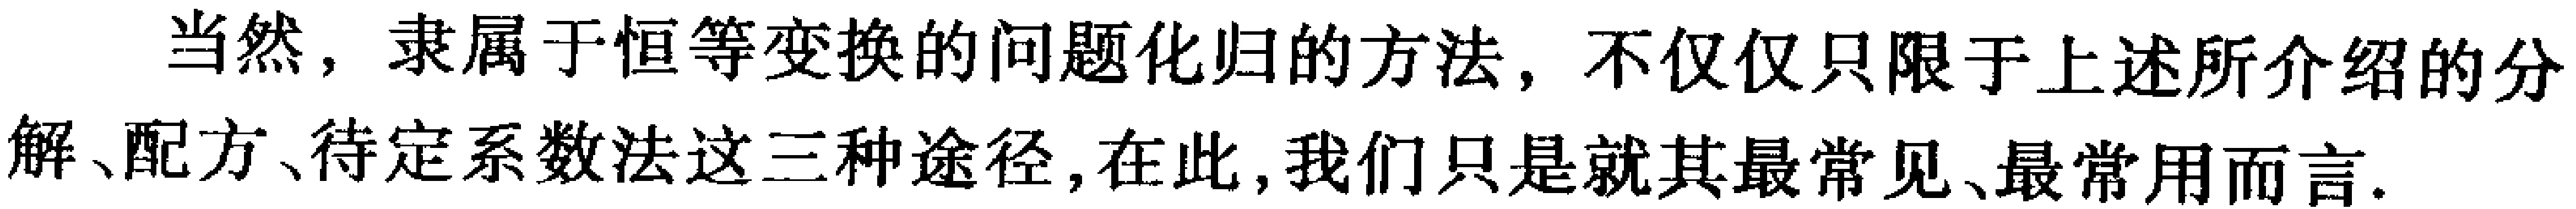
当然，隶属于恒等变换的问题化归的方法，不仅仅只限于上述所介绍的分解、配方、待定系数法这三种途径, 在此, 我们只是就其最常见、最常用而言.